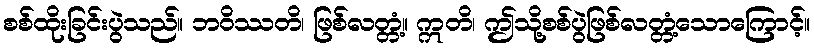
စစ်ထိုးခြင်းပွဲသည်။ ဘဝိဿတိ၊ ဖြစ်လတ္တံ့။ ဣတိ၊ ဤသို့စစ်ပွဲဖြစ်လတ္တံ့သောကြောင့်။